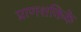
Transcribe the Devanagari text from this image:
प्राणशक्तिके